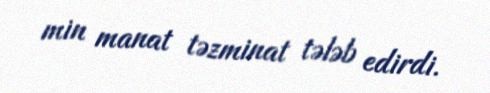
min manat təzminat tələb edirdi.